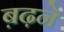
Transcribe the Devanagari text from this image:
ब़ढ़ने